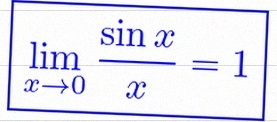
\lim_{x\to0}\frac{\sin x}{x}=1